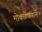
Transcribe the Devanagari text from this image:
मोकळेपणानें